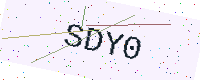
Text: SDY0